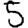
Digit: 5